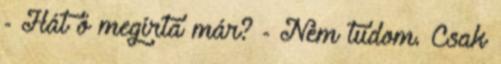
- Hát ő megírta már? - Nem tudom. Csak